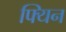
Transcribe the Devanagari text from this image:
फ्यिन